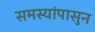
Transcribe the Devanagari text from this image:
समस्यांपासुन